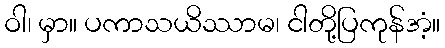
ဝါ၊ မှာ။ ပကာသယိဿာမ၊ ငါတို့ပြကုန်အံ့။